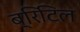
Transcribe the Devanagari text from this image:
ब्रिटिल